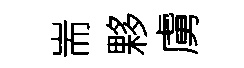
耑夥虜